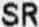
SR